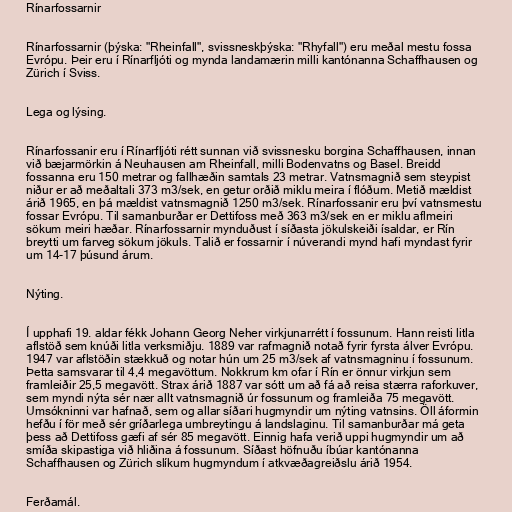
Rínarfossarnir

Rínarfossarnir (þýska: "Rheinfall", svissneskþýska: "Rhyfall") eru meðal mestu fossa
Evrópu. Þeir eru í Rínarfljóti og mynda landamærin milli kantónanna Schaffhausen og
Zürich í Sviss.

Lega og lýsing.

Rínarfossanir eru í Rínarfljóti rétt sunnan við svissnesku borgina Schaffhausen, innan
við bæjarmörkin á Neuhausen am Rheinfall, milli Bodenvatns og Basel. Breidd
fossanna eru 150 metrar og fallhæðin samtals 23 metrar. Vatnsmagnið sem steypist
niður er að meðaltali 373 m3/sek, en getur orðið miklu meira í flóðum. Metið mældist
árið 1965, en þá mældist vatnsmagnið 1250 m3/sek. Rínarfossanir eru því vatnsmestu
fossar Evrópu. Til samanburðar er Dettifoss með 363 m3/sek en er miklu aflmeiri
sökum meiri hæðar. Rínarfossarnir mynduðust í síðasta jökulskeiði ísaldar, er Rín
breytti um farveg sökum jökuls. Talið er fossarnir í núverandi mynd hafi myndast fyrir
um 14-17 þúsund árum.

Nýting.

Í upphafi 19. aldar fékk Johann Georg Neher virkjunarrétt í fossunum. Hann reisti litla
aflstöð sem knúði litla verksmiðju. 1889 var rafmagnið notað fyrir fyrsta álver Evrópu.
1947 var aflstöðin stækkuð og notar hún um 25 m3/sek af vatnsmagninu í fossunum.
Þetta samsvarar til 4,4 megavöttum. Nokkrum km ofar í Rín er önnur virkjun sem
framleiðir 25,5 megavött. Strax árið 1887 var sótt um að fá að reisa stærra raforkuver,
sem myndi nýta sér nær allt vatnsmagnið úr fossunum og framleiða 75 megavött.
Umsókninni var hafnað, sem og allar síðari hugmyndir um nýting vatnsins. Öll áformin
hefðu í för með sér gríðarlega umbreytingu á landslaginu. Til samanburðar má geta
þess að Dettifoss gæfi af sér 85 megavött. Einnig hafa verið uppi hugmyndir um að
smíða skipastiga við hliðina á fossunum. Síðast höfnuðu íbúar kantónanna
Schaffhausen og Zürich slíkum hugmyndum í atkvæðagreiðslu árið 1954.

Ferðamál.